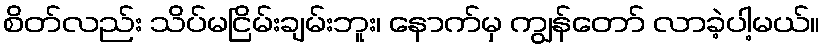
စိတ်လည်း သိပ်မငြိမ်းချမ်းဘူး၊ နောက်မှ ကျွန်တော် လာခဲ့ပါ့မယ်။